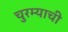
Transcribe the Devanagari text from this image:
चुरम्याची